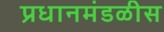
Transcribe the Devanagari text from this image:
प्रधानमंडळीस